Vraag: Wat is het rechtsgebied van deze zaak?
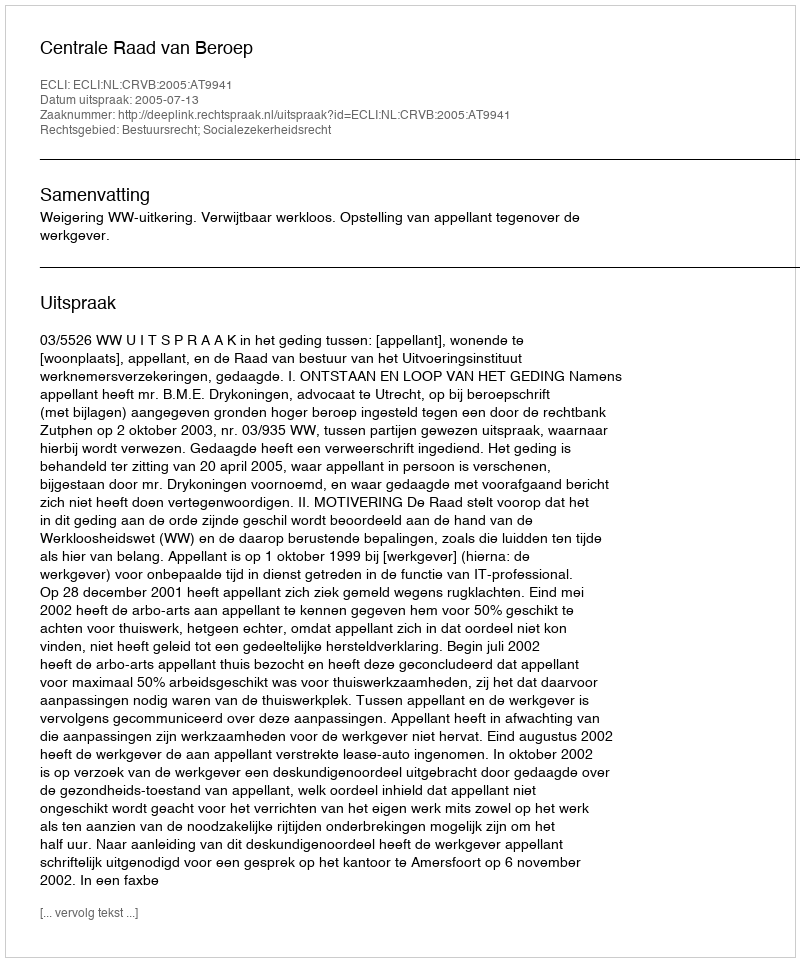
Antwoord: Bestuursrecht; Socialezekerheidsrecht